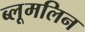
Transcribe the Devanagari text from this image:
ब्लूमलिन